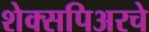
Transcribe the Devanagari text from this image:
शेक्सपिअरचे